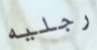
رجليه